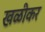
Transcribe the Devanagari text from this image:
खळीकर